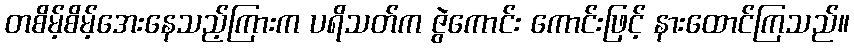
တစိမ့်စိမ့်အေးနေသည့်ကြားက ပရိသတ်က ဇွဲကောင်း ကောင်းဖြင့် နားထောင်ကြသည်။